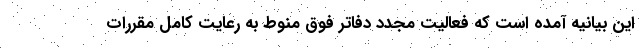
این بیانیه آمده است که فعالیت مجدد دفاتر فوق منوط به رعایت کامل مقررات